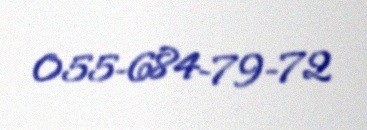
055-684-79-72